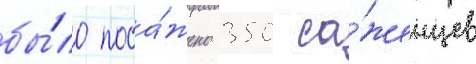
бы́ло поса́жено 350 са́женцев